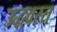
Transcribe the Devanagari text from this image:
उद्धवस्त